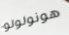
هونولولو